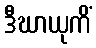
ဒီဃာယုကိံ